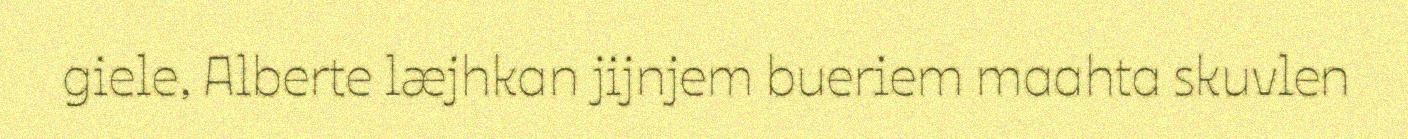
giele, Alberte læjhkan jijnjem bueriem maahta skuvlen